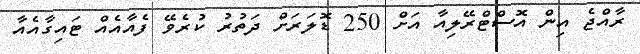
ރާއްޖެ އިން އޮސްޓްރޭލިއާ އަށް 250 ޑޮލަރަށް ދަތުރު ކުރެވޭ ފެއާއެއް ޓައިގާއެއާ